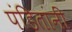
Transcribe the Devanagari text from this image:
पंडितांनीं